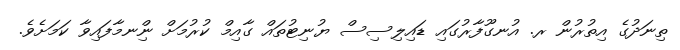
ތިނަދުގެ އިތުރުން ރ. އުނގޫފާރުގައި ޑައިލިސިސް ޔުނިޓުތައް ގާއިމް ކުރުމަށް ނިްނމާފައިވާ ކަމަށެވެ.